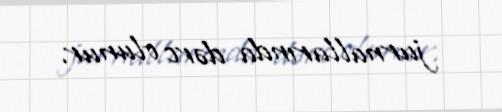
jurnallarında dərc olunur.